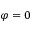
\varphi = 0